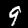
Digit: 9